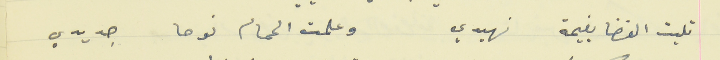
تليت الفضا بغيمة نهيدي                                      وعلمت الحمام نوحا جديدي